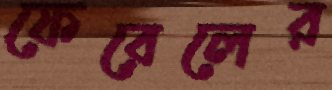
ফেরেলের